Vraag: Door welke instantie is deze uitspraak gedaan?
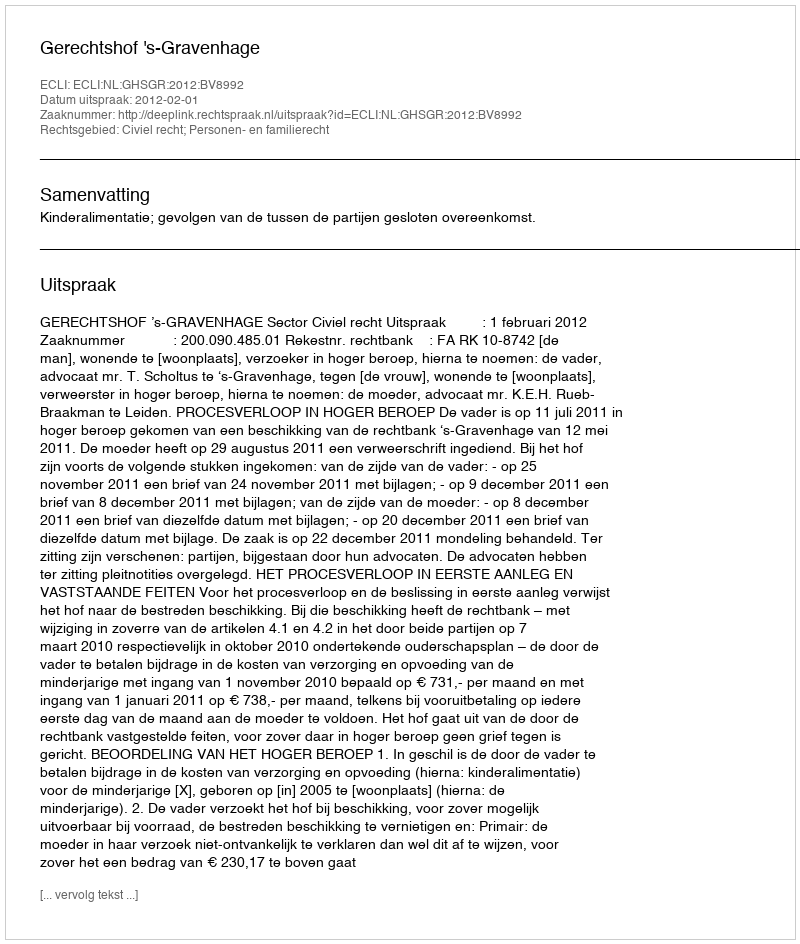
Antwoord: Gerechtshof 's-Gravenhage